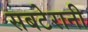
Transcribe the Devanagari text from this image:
सबटेरानी